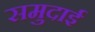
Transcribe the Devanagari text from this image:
समुदाई